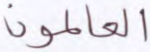
العالمون